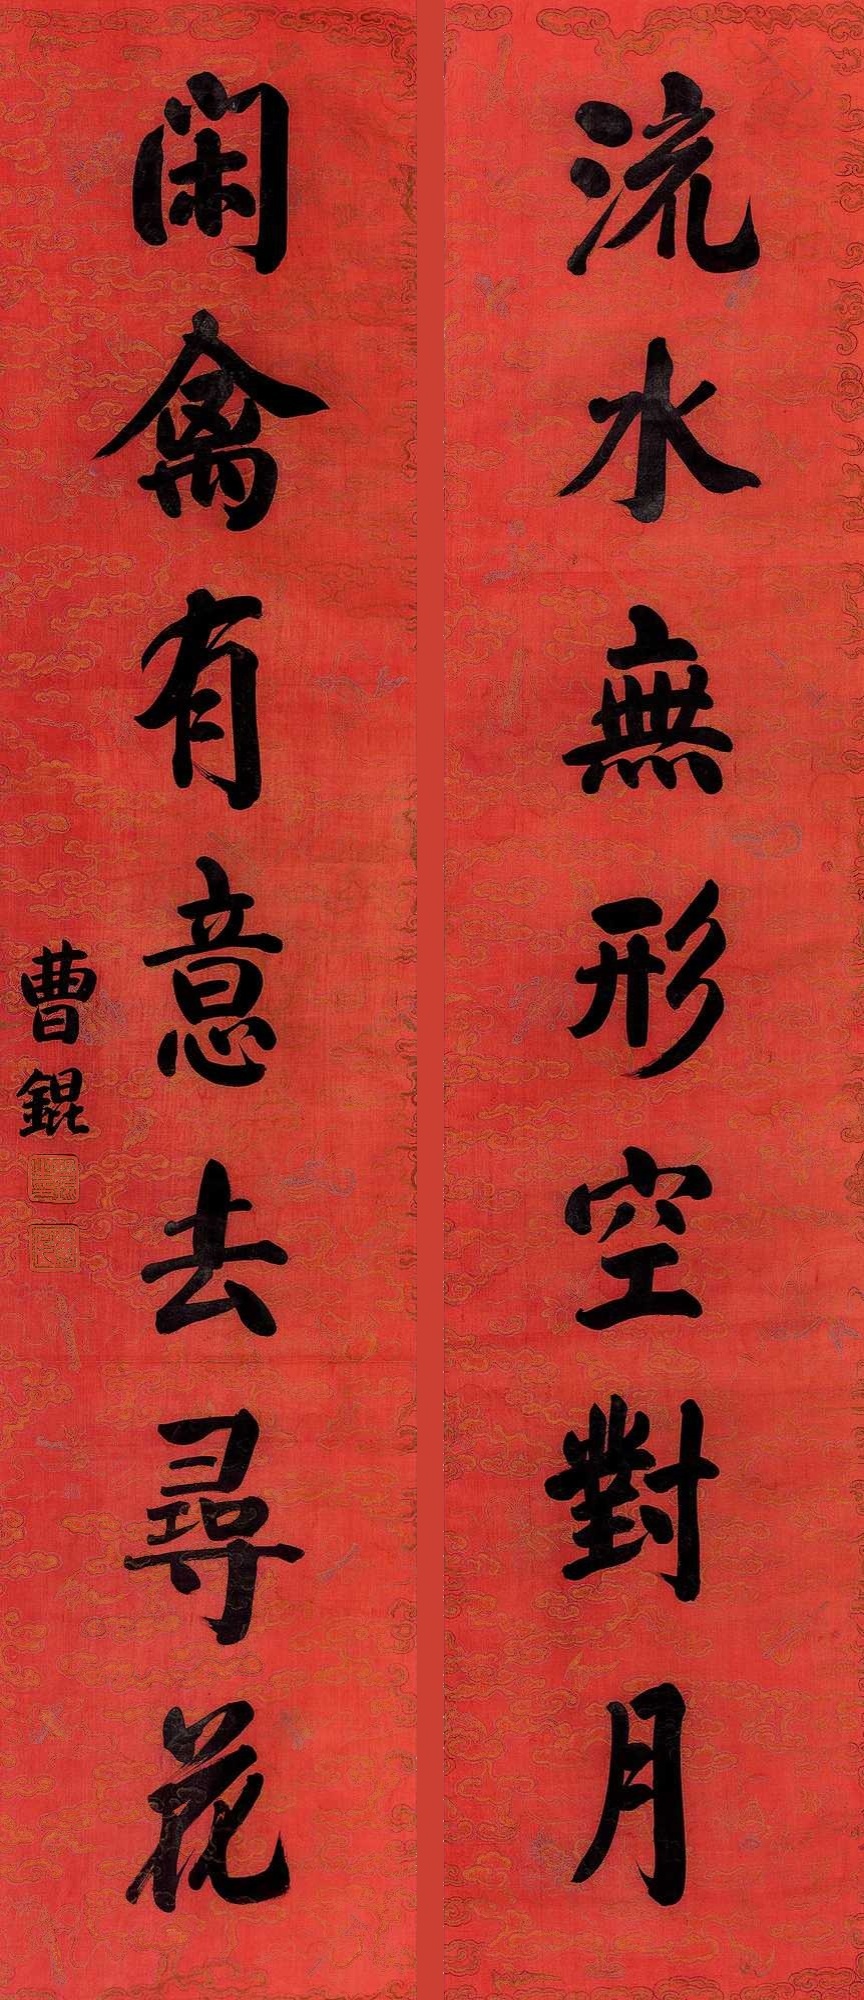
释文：流水无形空对月，闲禽有意去寻花。曹锟。